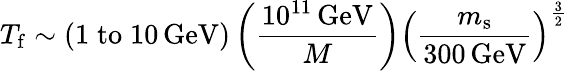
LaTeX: T_{\mathrm{f}}\sim\left(1\; \mathrm{to}\; 10\, \mathrm{GeV}\right)\left(\frac{10^{11}\, \mathrm{GeV}}{M}\right)\left(\frac{m_{\mathrm{s}}}{300\, \mathrm{GeV}}\right)^{\frac{3}{2}}